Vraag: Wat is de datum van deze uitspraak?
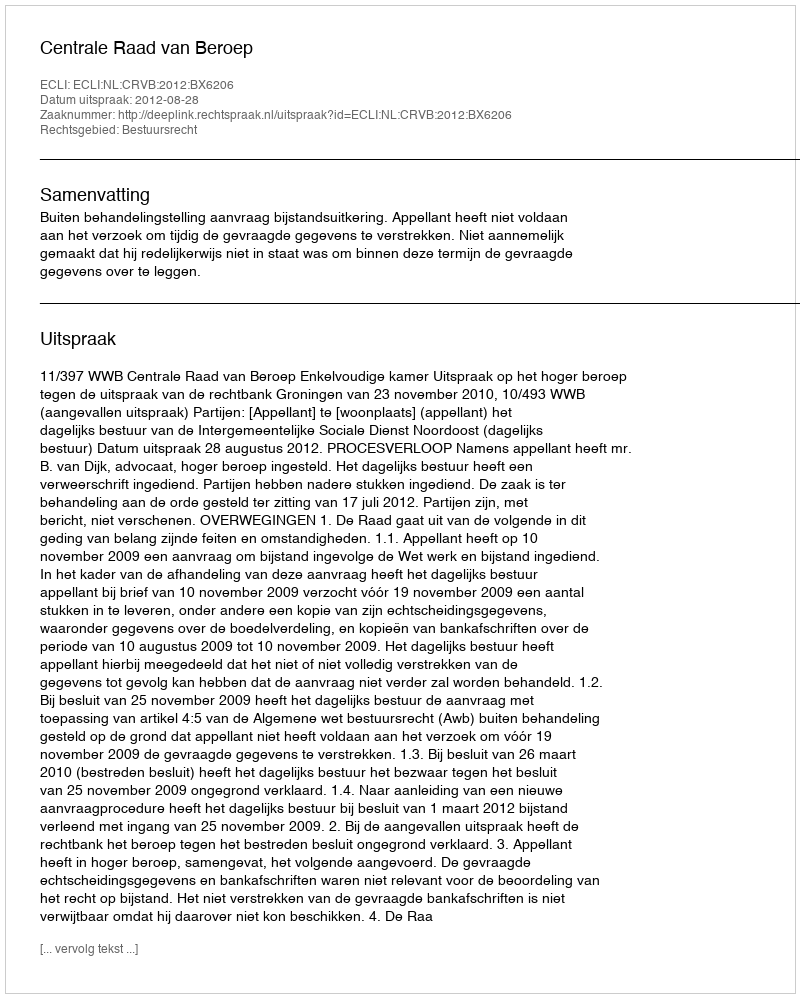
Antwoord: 2012-08-28